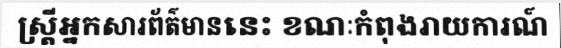
ស្ត្រីអ្នកសារព័ត៌មាននេះ ខណៈកំពុងរាយការណ៍